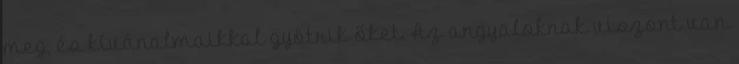
meg, és kívánalmaikkal gyötrik őket. Az angyaloknak viszont van